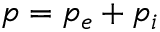
p = p _ { e } + p _ { i }